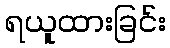
ရယူထားခြင်း